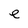
Character: e